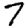
Digit: 7